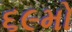
૬૯મો